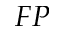
F P